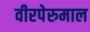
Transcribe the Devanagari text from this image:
वीरपेरुमाल